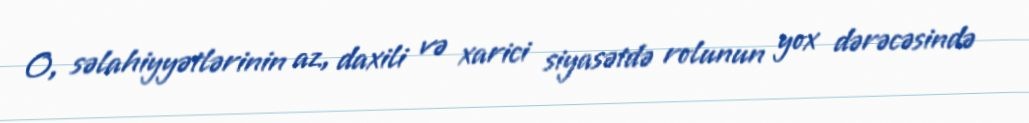
O, səlahiyyətlərinin az, daxili və xarici siyasətdə rolunun yox dərəcəsində